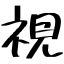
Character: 視